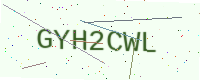
Text: GYH2CWL